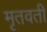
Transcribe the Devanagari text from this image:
मृतवती